Annual report on the health of the army in India
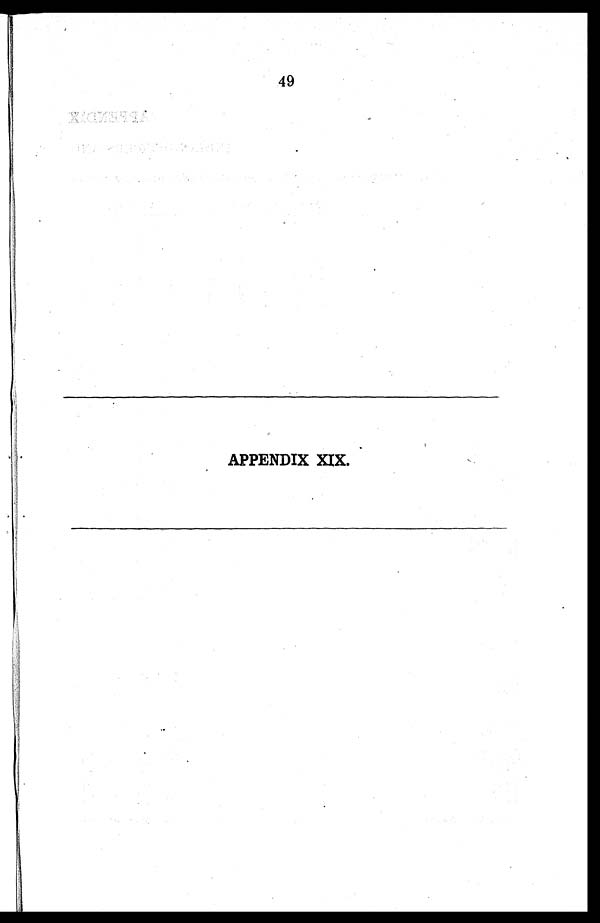
49
APPENDIX XIX.